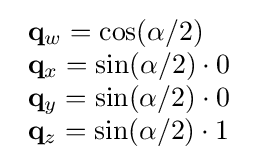
{\begin{array}{lcr}\mathbf {q} _{w}=\cos(\alpha /2)\\\mathbf {q} _{x}=\sin(\alpha /2)\cdot 0\\\mathbf {q} _{y}=\sin(\alpha /2)\cdot 0\\\mathbf {q} _{z}=\sin(\alpha /2)\cdot 1\end{array}}